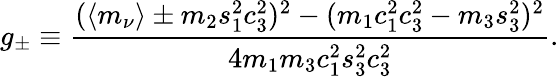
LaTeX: g_{\pm}\equiv\frac{(\langle m_{\nu}\rangle\pm m_{2}s_{1}^{2}c_{3}^{2})^{2}-(m_{1}c_{1}^{2}c_{3}^{2}-m_{3}s_{3}^{2})^{2}}{4m_{1}m_{3}c_{1}^{2}s_{3}^{2}c_{3}^{2}}.